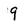
Character: 9